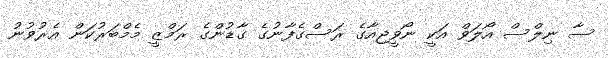
ސާ ނިލްސް އޯލަވް އަކީ ނޯވީޖިއާގެ ރަސްގެފާނުގެ ގާޑުންގެ ރަމްޒީ މެމްބަރުކަން އެރުވުނު